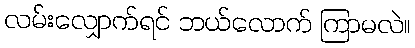
လမ်းလျှောက်ရင် ဘယ်လောက် ကြာမလဲ။